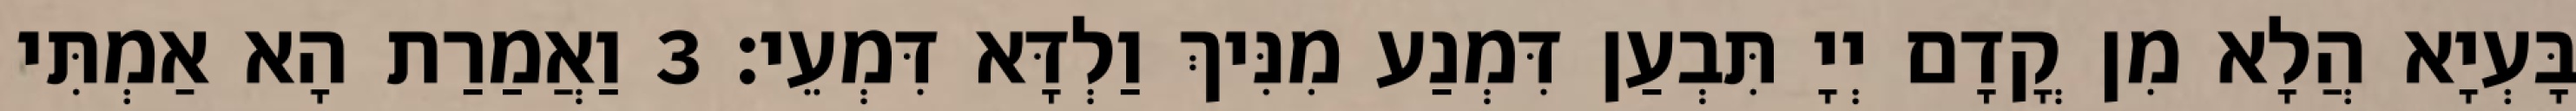
בָּעְיָא הֲלָא מִן קֳדָם יְיָ תִּבְעַן דִּמְנַע מִנִּיךְ וַלְדָּא דִּמְעֵי׃ 3 וַאֲמַרַת הָא אַמְתִּי